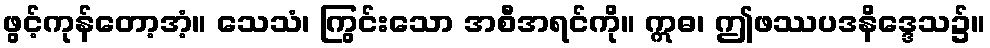
ဖွင့်ကုန်တော့အံ့။ သေသံ၊ ကြွင်းသော အစီအရင်ကို။ ဣဓ၊ ဤဖဿပဒနိဒ္ဒေသ၌။